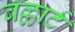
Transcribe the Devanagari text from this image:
बल्लार्ट